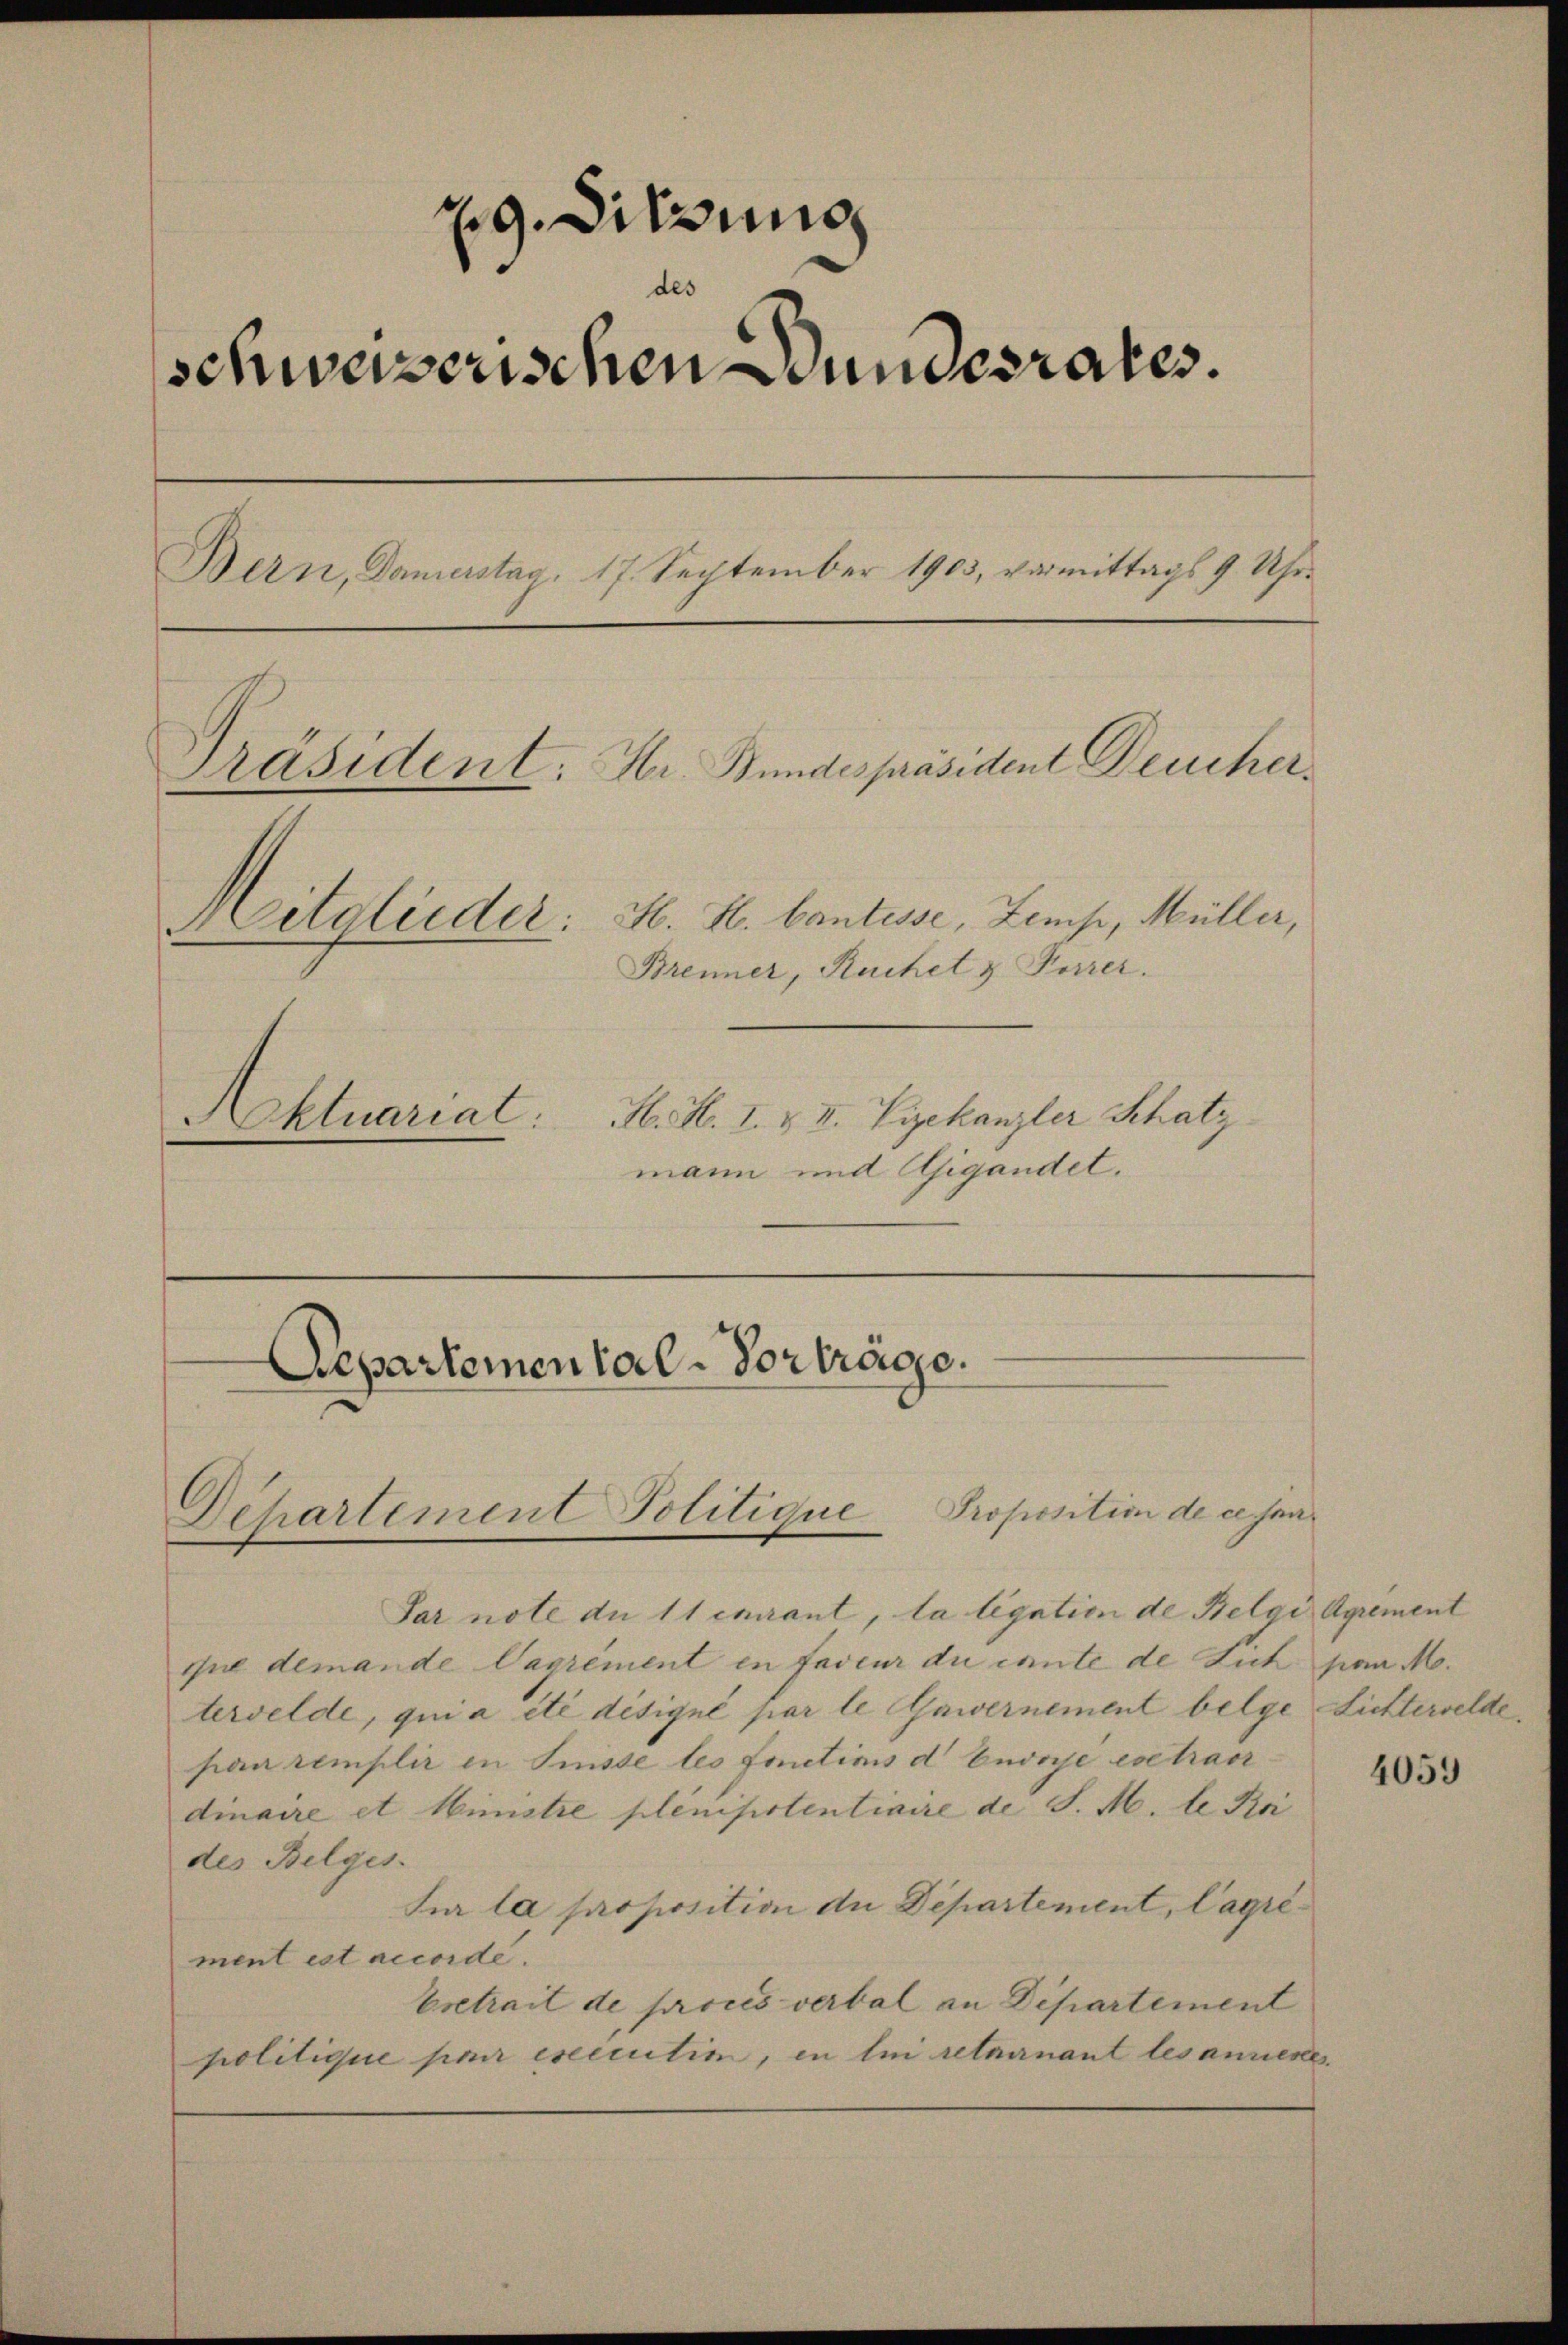
29. Sitzung
des
schweizerischen Bundesrates.
Bern, Damenstag, 17. September 1903, vermittags 9 Uhr-
Präsident. Hr. Bundespräsident Deucher¬
H. H. Cantesse, Zemp, Müller,
Mitglieder.
Brenner, Ruchet & Furrer.
H. H. I. & II. Vizekanzler Schatz
Aktuariat

mann und Gigandet.

Repartemental-Vorträge.
Departement Politique Proposition de cesan

Par note du 11 curant, la legation de Belgi Agrement
que demande Vagrément en faveur du ernte de Sich von M.
tervelde, qui a été désigné par le Gawernement belge Lichtervelde
pan remplir in Sunste les fonctims d Endrye evetrac
dinaire et Ministre plenipotentiaire de S. M. le Uri
des Belges.
sur la proposition du Departement, Cagrément est accorde.
Eretrait de pries verbal an Departement
politique par esecution, in lei retairnant les anrieses

4059